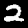
Digit: 2